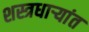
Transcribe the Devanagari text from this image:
शस्त्रधार्‍यांत